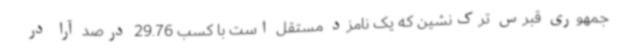
جمهوری قبرس ترک‌نشین که یک نامزد مستقل است با کسب 29.76 درصد آرا در